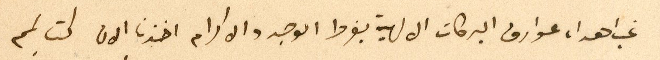
غب اهداء عوارف البركات الالهية بفرط الوجد والاكرام اخذنا الان كتابكم